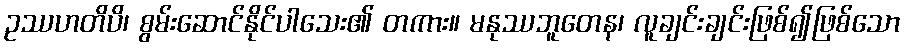
ဥဿဟတိပိ၊ စွမ်းဆောင်နိုင်ပါသေး၏ တကား။ မနုဿဘူတေန၊ လူချင်းချင်းဖြစ်၍ဖြစ်သော